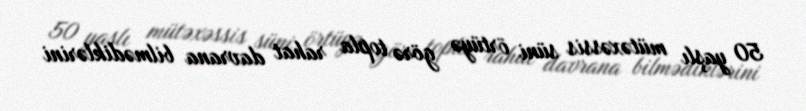
50 yaşlı mütəxəssis süni örtüyə görə topla rahat davrana bilmədiklərini